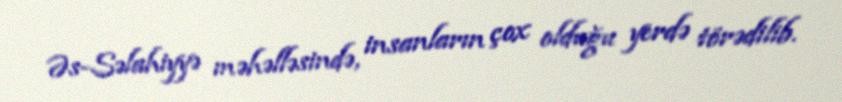
Əs-Səlahiyyə məhəlləsində, insanların çox olduğu yerdə törədilib.